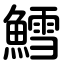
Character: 鱈